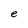
Character: e